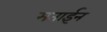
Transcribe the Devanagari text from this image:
मताईन